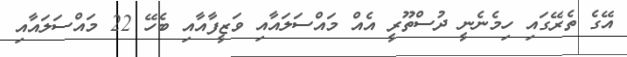
އޭގެ ތެރޭގައި ހިމެނެނީ ދުސްތޫރީ އެއް މައްސަލައާއި ވަޒީފާއާއި ބެހޭ 22 މައްސަލައާއި